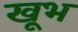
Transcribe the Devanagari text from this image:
खूभ